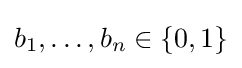
b_{1},\ldots ,b_{n}\in \{0,1\}